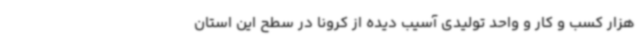
هزار کسب و کار و واحد تولیدی آسیب دیده از کرونا در سطح این استان